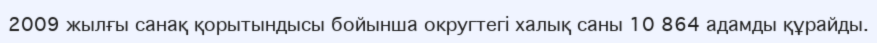
2009 жылғы санақ қорытындысы бойынша округтегі халық саны 10 864 адамды құрайды.